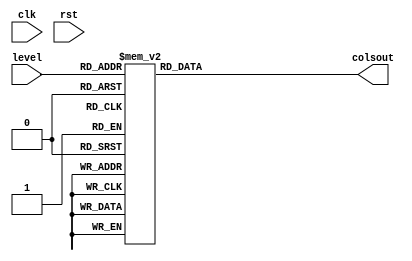
/*
   This file was generated automatically by the Mojo IDE version B1.3.6.
   Do not edit this file directly. Instead edit the original Lucid source.
   This is a temporary file and any changes made to it will be destroyed.
*/

module levels_12 (
    input clk,
    input rst,
    input [5:0] level,
    output reg [223:0] colsout
  );
  
  
  
  always @* begin
    
    case (level)
      1'h0: begin
        colsout[0+13-:14] = 14'h0000;
        colsout[14+13-:14] = 14'h0000;
        colsout[28+13-:14] = 14'h0000;
        colsout[42+13-:14] = 14'h0000;
        colsout[56+13-:14] = 14'h0000;
        colsout[70+13-:14] = 14'h0000;
        colsout[84+13-:14] = 14'h0000;
        colsout[98+13-:14] = 14'h0000;
        colsout[112+13-:14] = 14'h0000;
        colsout[126+13-:14] = 14'h0000;
        colsout[140+13-:14] = 14'h0000;
        colsout[154+13-:14] = 14'h0000;
        colsout[168+13-:14] = 14'h0000;
        colsout[182+13-:14] = 14'h0001;
        colsout[196+13-:14] = 14'h0000;
        colsout[210+13-:14] = 14'h0000;
      end
      1'h1: begin
        colsout[0+13-:14] = 14'h0000;
        colsout[14+13-:14] = 14'h0000;
        colsout[28+13-:14] = 14'h0000;
        colsout[42+13-:14] = 14'h0000;
        colsout[56+13-:14] = 14'h0000;
        colsout[70+13-:14] = 14'h0000;
        colsout[84+13-:14] = 14'h0000;
        colsout[98+13-:14] = 14'h0000;
        colsout[112+13-:14] = 14'h0000;
        colsout[126+13-:14] = 14'h0000;
        colsout[140+13-:14] = 14'h0000;
        colsout[154+13-:14] = 14'h0000;
        colsout[168+13-:14] = 14'h0000;
        colsout[182+13-:14] = 14'h0002;
        colsout[196+13-:14] = 14'h0001;
        colsout[210+13-:14] = 14'h0000;
      end
      2'h2: begin
        colsout[0+13-:14] = 14'h0000;
        colsout[14+13-:14] = 14'h0000;
        colsout[28+13-:14] = 14'h0000;
        colsout[42+13-:14] = 14'h0000;
        colsout[56+13-:14] = 14'h0000;
        colsout[70+13-:14] = 14'h0000;
        colsout[84+13-:14] = 14'h0000;
        colsout[98+13-:14] = 14'h0000;
        colsout[112+13-:14] = 14'h0001;
        colsout[126+13-:14] = 14'h0000;
        colsout[140+13-:14] = 14'h0000;
        colsout[154+13-:14] = 14'h0000;
        colsout[168+13-:14] = 14'h0000;
        colsout[182+13-:14] = 14'h0004;
        colsout[196+13-:14] = 14'h0002;
        colsout[210+13-:14] = 14'h0000;
      end
      2'h3: begin
        colsout[0+13-:14] = 14'h0000;
        colsout[14+13-:14] = 14'h0000;
        colsout[28+13-:14] = 14'h0000;
        colsout[42+13-:14] = 14'h0000;
        colsout[56+13-:14] = 14'h0000;
        colsout[70+13-:14] = 14'h0000;
        colsout[84+13-:14] = 14'h0000;
        colsout[98+13-:14] = 14'h0000;
        colsout[112+13-:14] = 14'h0002;
        colsout[126+13-:14] = 14'h0001;
        colsout[140+13-:14] = 14'h0000;
        colsout[154+13-:14] = 14'h0000;
        colsout[168+13-:14] = 14'h0000;
        colsout[182+13-:14] = 14'h0008;
        colsout[196+13-:14] = 14'h0004;
        colsout[210+13-:14] = 14'h0000;
      end
      3'h4: begin
        colsout[0+13-:14] = 14'h0000;
        colsout[14+13-:14] = 14'h0000;
        colsout[28+13-:14] = 14'h0000;
        colsout[42+13-:14] = 14'h0000;
        colsout[56+13-:14] = 14'h0000;
        colsout[70+13-:14] = 14'h0000;
        colsout[84+13-:14] = 14'h0001;
        colsout[98+13-:14] = 14'h0000;
        colsout[112+13-:14] = 14'h0004;
        colsout[126+13-:14] = 14'h0002;
        colsout[140+13-:14] = 14'h0000;
        colsout[154+13-:14] = 14'h0000;
        colsout[168+13-:14] = 14'h0000;
        colsout[182+13-:14] = 14'h0010;
        colsout[196+13-:14] = 14'h0008;
        colsout[210+13-:14] = 14'h0000;
      end
      3'h5: begin
        colsout[0+13-:14] = 14'h0000;
        colsout[14+13-:14] = 14'h0000;
        colsout[28+13-:14] = 14'h0000;
        colsout[42+13-:14] = 14'h0000;
        colsout[56+13-:14] = 14'h0000;
        colsout[70+13-:14] = 14'h0000;
        colsout[84+13-:14] = 14'h0002;
        colsout[98+13-:14] = 14'h0000;
        colsout[112+13-:14] = 14'h0008;
        colsout[126+13-:14] = 14'h0004;
        colsout[140+13-:14] = 14'h0000;
        colsout[154+13-:14] = 14'h0000;
        colsout[168+13-:14] = 14'h0000;
        colsout[182+13-:14] = 14'h0020;
        colsout[196+13-:14] = 14'h0010;
        colsout[210+13-:14] = 14'h0001;
      end
      3'h6: begin
        colsout[0+13-:14] = 14'h0000;
        colsout[14+13-:14] = 14'h0000;
        colsout[28+13-:14] = 14'h0000;
        colsout[42+13-:14] = 14'h0000;
        colsout[56+13-:14] = 14'h0000;
        colsout[70+13-:14] = 14'h0000;
        colsout[84+13-:14] = 14'h0004;
        colsout[98+13-:14] = 14'h0000;
        colsout[112+13-:14] = 14'h0010;
        colsout[126+13-:14] = 14'h0008;
        colsout[140+13-:14] = 14'h0000;
        colsout[154+13-:14] = 14'h0000;
        colsout[168+13-:14] = 14'h0001;
        colsout[182+13-:14] = 14'h0040;
        colsout[196+13-:14] = 14'h0020;
        colsout[210+13-:14] = 14'h0002;
      end
      3'h7: begin
        colsout[0+13-:14] = 14'h0000;
        colsout[14+13-:14] = 14'h0000;
        colsout[28+13-:14] = 14'h0000;
        colsout[42+13-:14] = 14'h0000;
        colsout[56+13-:14] = 14'h0000;
        colsout[70+13-:14] = 14'h0000;
        colsout[84+13-:14] = 14'h0008;
        colsout[98+13-:14] = 14'h0000;
        colsout[112+13-:14] = 14'h0020;
        colsout[126+13-:14] = 14'h0011;
        colsout[140+13-:14] = 14'h0000;
        colsout[154+13-:14] = 14'h0000;
        colsout[168+13-:14] = 14'h0002;
        colsout[182+13-:14] = 14'h0080;
        colsout[196+13-:14] = 14'h0040;
        colsout[210+13-:14] = 14'h0004;
      end
      4'h8: begin
        colsout[0+13-:14] = 14'h0000;
        colsout[14+13-:14] = 14'h0000;
        colsout[28+13-:14] = 14'h0000;
        colsout[42+13-:14] = 14'h0000;
        colsout[56+13-:14] = 14'h0000;
        colsout[70+13-:14] = 14'h0000;
        colsout[84+13-:14] = 14'h0010;
        colsout[98+13-:14] = 14'h0000;
        colsout[112+13-:14] = 14'h0040;
        colsout[126+13-:14] = 14'h0022;
        colsout[140+13-:14] = 14'h0000;
        colsout[154+13-:14] = 14'h0001;
        colsout[168+13-:14] = 14'h0004;
        colsout[182+13-:14] = 14'h0100;
        colsout[196+13-:14] = 14'h0080;
        colsout[210+13-:14] = 14'h0008;
      end
      4'h9: begin
        colsout[0+13-:14] = 14'h0000;
        colsout[14+13-:14] = 14'h0000;
        colsout[28+13-:14] = 14'h0000;
        colsout[42+13-:14] = 14'h0000;
        colsout[56+13-:14] = 14'h0000;
        colsout[70+13-:14] = 14'h0000;
        colsout[84+13-:14] = 14'h0020;
        colsout[98+13-:14] = 14'h0001;
        colsout[112+13-:14] = 14'h0080;
        colsout[126+13-:14] = 14'h0044;
        colsout[140+13-:14] = 14'h0000;
        colsout[154+13-:14] = 14'h0002;
        colsout[168+13-:14] = 14'h0008;
        colsout[182+13-:14] = 14'h0200;
        colsout[196+13-:14] = 14'h0100;
        colsout[210+13-:14] = 14'h0010;
      end
      4'ha: begin
        colsout[0+13-:14] = 14'h0000;
        colsout[14+13-:14] = 14'h0000;
        colsout[28+13-:14] = 14'h0001;
        colsout[42+13-:14] = 14'h0000;
        colsout[56+13-:14] = 14'h0000;
        colsout[70+13-:14] = 14'h0000;
        colsout[84+13-:14] = 14'h0040;
        colsout[98+13-:14] = 14'h0002;
        colsout[112+13-:14] = 14'h0100;
        colsout[126+13-:14] = 14'h0088;
        colsout[140+13-:14] = 14'h0000;
        colsout[154+13-:14] = 14'h0004;
        colsout[168+13-:14] = 14'h0010;
        colsout[182+13-:14] = 14'h0400;
        colsout[196+13-:14] = 14'h0200;
        colsout[210+13-:14] = 14'h0020;
      end
      4'hb: begin
        colsout[0+13-:14] = 14'h0000;
        colsout[14+13-:14] = 14'h0000;
        colsout[28+13-:14] = 14'h0002;
        colsout[42+13-:14] = 14'h0000;
        colsout[56+13-:14] = 14'h0000;
        colsout[70+13-:14] = 14'h0000;
        colsout[84+13-:14] = 14'h0080;
        colsout[98+13-:14] = 14'h0004;
        colsout[112+13-:14] = 14'h0201;
        colsout[126+13-:14] = 14'h0110;
        colsout[140+13-:14] = 14'h0000;
        colsout[154+13-:14] = 14'h0008;
        colsout[168+13-:14] = 14'h0020;
        colsout[182+13-:14] = 14'h0800;
        colsout[196+13-:14] = 14'h0400;
        colsout[210+13-:14] = 14'h0040;
      end
      4'hc: begin
        colsout[0+13-:14] = 14'h0000;
        colsout[14+13-:14] = 14'h0000;
        colsout[28+13-:14] = 14'h0004;
        colsout[42+13-:14] = 14'h0000;
        colsout[56+13-:14] = 14'h0000;
        colsout[70+13-:14] = 14'h0000;
        colsout[84+13-:14] = 14'h0100;
        colsout[98+13-:14] = 14'h0008;
        colsout[112+13-:14] = 14'h0402;
        colsout[126+13-:14] = 14'h0220;
        colsout[140+13-:14] = 14'h0000;
        colsout[154+13-:14] = 14'h0011;
        colsout[168+13-:14] = 14'h0040;
        colsout[182+13-:14] = 14'h1000;
        colsout[196+13-:14] = 14'h0800;
        colsout[210+13-:14] = 14'h0080;
      end
      4'hd: begin
        colsout[0+13-:14] = 14'h0000;
        colsout[14+13-:14] = 14'h0000;
        colsout[28+13-:14] = 14'h0008;
        colsout[42+13-:14] = 14'h0000;
        colsout[56+13-:14] = 14'h0000;
        colsout[70+13-:14] = 14'h0000;
        colsout[84+13-:14] = 14'h0201;
        colsout[98+13-:14] = 14'h0010;
        colsout[112+13-:14] = 14'h0804;
        colsout[126+13-:14] = 14'h0440;
        colsout[140+13-:14] = 14'h0000;
        colsout[154+13-:14] = 14'h0022;
        colsout[168+13-:14] = 14'h0080;
        colsout[182+13-:14] = 14'h2000;
        colsout[196+13-:14] = 14'h1000;
        colsout[210+13-:14] = 14'h0100;
      end
      4'he: begin
        colsout[0+13-:14] = 14'h0000;
        colsout[14+13-:14] = 14'h0000;
        colsout[28+13-:14] = 14'h0011;
        colsout[42+13-:14] = 14'h0000;
        colsout[56+13-:14] = 14'h0000;
        colsout[70+13-:14] = 14'h0000;
        colsout[84+13-:14] = 14'h0402;
        colsout[98+13-:14] = 14'h0020;
        colsout[112+13-:14] = 14'h1008;
        colsout[126+13-:14] = 14'h0880;
        colsout[140+13-:14] = 14'h0000;
        colsout[154+13-:14] = 14'h0044;
        colsout[168+13-:14] = 14'h0100;
        colsout[182+13-:14] = 14'h0000;
        colsout[196+13-:14] = 14'h2000;
        colsout[210+13-:14] = 14'h0200;
      end
      4'hf: begin
        colsout[0+13-:14] = 14'h0000;
        colsout[14+13-:14] = 14'h0000;
        colsout[28+13-:14] = 14'h0022;
        colsout[42+13-:14] = 14'h0000;
        colsout[56+13-:14] = 14'h0000;
        colsout[70+13-:14] = 14'h0000;
        colsout[84+13-:14] = 14'h0804;
        colsout[98+13-:14] = 14'h0040;
        colsout[112+13-:14] = 14'h2010;
        colsout[126+13-:14] = 14'h1100;
        colsout[140+13-:14] = 14'h0001;
        colsout[154+13-:14] = 14'h0088;
        colsout[168+13-:14] = 14'h0200;
        colsout[182+13-:14] = 14'h0000;
        colsout[196+13-:14] = 14'h0000;
        colsout[210+13-:14] = 14'h0400;
      end
      5'h10: begin
        colsout[0+13-:14] = 14'h0000;
        colsout[14+13-:14] = 14'h0000;
        colsout[28+13-:14] = 14'h0044;
        colsout[42+13-:14] = 14'h0000;
        colsout[56+13-:14] = 14'h0000;
        colsout[70+13-:14] = 14'h0000;
        colsout[84+13-:14] = 14'h1008;
        colsout[98+13-:14] = 14'h0080;
        colsout[112+13-:14] = 14'h0020;
        colsout[126+13-:14] = 14'h2200;
        colsout[140+13-:14] = 14'h0002;
        colsout[154+13-:14] = 14'h0110;
        colsout[168+13-:14] = 14'h0400;
        colsout[182+13-:14] = 14'h0000;
        colsout[196+13-:14] = 14'h0000;
        colsout[210+13-:14] = 14'h0800;
      end
      5'h11: begin
        colsout[0+13-:14] = 14'h0000;
        colsout[14+13-:14] = 14'h0000;
        colsout[28+13-:14] = 14'h0088;
        colsout[42+13-:14] = 14'h0000;
        colsout[56+13-:14] = 14'h0001;
        colsout[70+13-:14] = 14'h0000;
        colsout[84+13-:14] = 14'h2010;
        colsout[98+13-:14] = 14'h0100;
        colsout[112+13-:14] = 14'h0040;
        colsout[126+13-:14] = 14'h0400;
        colsout[140+13-:14] = 14'h0004;
        colsout[154+13-:14] = 14'h0220;
        colsout[168+13-:14] = 14'h0800;
        colsout[182+13-:14] = 14'h0000;
        colsout[196+13-:14] = 14'h0000;
        colsout[210+13-:14] = 14'h1000;
      end
      5'h12: begin
        colsout[0+13-:14] = 14'h0000;
        colsout[14+13-:14] = 14'h0000;
        colsout[28+13-:14] = 14'h0110;
        colsout[42+13-:14] = 14'h0000;
        colsout[56+13-:14] = 14'h0002;
        colsout[70+13-:14] = 14'h0000;
        colsout[84+13-:14] = 14'h0020;
        colsout[98+13-:14] = 14'h0200;
        colsout[112+13-:14] = 14'h0080;
        colsout[126+13-:14] = 14'h0800;
        colsout[140+13-:14] = 14'h0009;
        colsout[154+13-:14] = 14'h0440;
        colsout[168+13-:14] = 14'h1000;
        colsout[182+13-:14] = 14'h0000;
        colsout[196+13-:14] = 14'h0000;
        colsout[210+13-:14] = 14'h2000;
      end
      5'h13: begin
        colsout[0+13-:14] = 14'h0000;
        colsout[14+13-:14] = 14'h0000;
        colsout[28+13-:14] = 14'h0220;
        colsout[42+13-:14] = 14'h0000;
        colsout[56+13-:14] = 14'h0005;
        colsout[70+13-:14] = 14'h0000;
        colsout[84+13-:14] = 14'h0040;
        colsout[98+13-:14] = 14'h0400;
        colsout[112+13-:14] = 14'h0100;
        colsout[126+13-:14] = 14'h1000;
        colsout[140+13-:14] = 14'h0012;
        colsout[154+13-:14] = 14'h0880;
        colsout[168+13-:14] = 14'h2000;
        colsout[182+13-:14] = 14'h0000;
        colsout[196+13-:14] = 14'h0000;
        colsout[210+13-:14] = 14'h0000;
      end
      5'h14: begin
        colsout[0+13-:14] = 14'h0000;
        colsout[14+13-:14] = 14'h0000;
        colsout[28+13-:14] = 14'h0440;
        colsout[42+13-:14] = 14'h0000;
        colsout[56+13-:14] = 14'h000a;
        colsout[70+13-:14] = 14'h0000;
        colsout[84+13-:14] = 14'h0080;
        colsout[98+13-:14] = 14'h0800;
        colsout[112+13-:14] = 14'h0200;
        colsout[126+13-:14] = 14'h2000;
        colsout[140+13-:14] = 14'h0024;
        colsout[154+13-:14] = 14'h1100;
        colsout[168+13-:14] = 14'h0000;
        colsout[182+13-:14] = 14'h0000;
        colsout[196+13-:14] = 14'h0000;
        colsout[210+13-:14] = 14'h0000;
      end
      5'h15: begin
        colsout[0+13-:14] = 14'h0000;
        colsout[14+13-:14] = 14'h0000;
        colsout[28+13-:14] = 14'h0880;
        colsout[42+13-:14] = 14'h0000;
        colsout[56+13-:14] = 14'h0014;
        colsout[70+13-:14] = 14'h0000;
        colsout[84+13-:14] = 14'h0100;
        colsout[98+13-:14] = 14'h1000;
        colsout[112+13-:14] = 14'h0400;
        colsout[126+13-:14] = 14'h0000;
        colsout[140+13-:14] = 14'h0049;
        colsout[154+13-:14] = 14'h2200;
        colsout[168+13-:14] = 14'h0000;
        colsout[182+13-:14] = 14'h0000;
        colsout[196+13-:14] = 14'h0000;
        colsout[210+13-:14] = 14'h0000;
      end
      5'h16: begin
        colsout[0+13-:14] = 14'h0000;
        colsout[14+13-:14] = 14'h0000;
        colsout[28+13-:14] = 14'h1100;
        colsout[42+13-:14] = 14'h0000;
        colsout[56+13-:14] = 14'h0028;
        colsout[70+13-:14] = 14'h0000;
        colsout[84+13-:14] = 14'h0200;
        colsout[98+13-:14] = 14'h2000;
        colsout[112+13-:14] = 14'h0800;
        colsout[126+13-:14] = 14'h0000;
        colsout[140+13-:14] = 14'h0092;
        colsout[154+13-:14] = 14'h0400;
        colsout[168+13-:14] = 14'h0001;
        colsout[182+13-:14] = 14'h0000;
        colsout[196+13-:14] = 14'h0000;
        colsout[210+13-:14] = 14'h0000;
      end
      5'h17: begin
        colsout[0+13-:14] = 14'h0000;
        colsout[14+13-:14] = 14'h0001;
        colsout[28+13-:14] = 14'h2200;
        colsout[42+13-:14] = 14'h0000;
        colsout[56+13-:14] = 14'h0050;
        colsout[70+13-:14] = 14'h0000;
        colsout[84+13-:14] = 14'h0400;
        colsout[98+13-:14] = 14'h0000;
        colsout[112+13-:14] = 14'h1000;
        colsout[126+13-:14] = 14'h0000;
        colsout[140+13-:14] = 14'h0124;
        colsout[154+13-:14] = 14'h0800;
        colsout[168+13-:14] = 14'h0002;
        colsout[182+13-:14] = 14'h0000;
        colsout[196+13-:14] = 14'h0000;
        colsout[210+13-:14] = 14'h0000;
      end
      5'h18: begin
        colsout[0+13-:14] = 14'h0000;
        colsout[14+13-:14] = 14'h0002;
        colsout[28+13-:14] = 14'h0400;
        colsout[42+13-:14] = 14'h0001;
        colsout[56+13-:14] = 14'h00a0;
        colsout[70+13-:14] = 14'h0000;
        colsout[84+13-:14] = 14'h0800;
        colsout[98+13-:14] = 14'h0000;
        colsout[112+13-:14] = 14'h2000;
        colsout[126+13-:14] = 14'h0000;
        colsout[140+13-:14] = 14'h0248;
        colsout[154+13-:14] = 14'h1000;
        colsout[168+13-:14] = 14'h0004;
        colsout[182+13-:14] = 14'h0000;
        colsout[196+13-:14] = 14'h0000;
        colsout[210+13-:14] = 14'h0000;
      end
      5'h19: begin
        colsout[0+13-:14] = 14'h0000;
        colsout[14+13-:14] = 14'h0004;
        colsout[28+13-:14] = 14'h0800;
        colsout[42+13-:14] = 14'h0002;
        colsout[56+13-:14] = 14'h0140;
        colsout[70+13-:14] = 14'h0000;
        colsout[84+13-:14] = 14'h1001;
        colsout[98+13-:14] = 14'h0000;
        colsout[112+13-:14] = 14'h0000;
        colsout[126+13-:14] = 14'h0000;
        colsout[140+13-:14] = 14'h0490;
        colsout[154+13-:14] = 14'h2000;
        colsout[168+13-:14] = 14'h0008;
        colsout[182+13-:14] = 14'h0000;
        colsout[196+13-:14] = 14'h0000;
        colsout[210+13-:14] = 14'h0000;
      end
      5'h1a: begin
        colsout[0+13-:14] = 14'h0000;
        colsout[14+13-:14] = 14'h0008;
        colsout[28+13-:14] = 14'h1000;
        colsout[42+13-:14] = 14'h0004;
        colsout[56+13-:14] = 14'h0280;
        colsout[70+13-:14] = 14'h0000;
        colsout[84+13-:14] = 14'h2003;
        colsout[98+13-:14] = 14'h0000;
        colsout[112+13-:14] = 14'h0000;
        colsout[126+13-:14] = 14'h0000;
        colsout[140+13-:14] = 14'h0920;
        colsout[154+13-:14] = 14'h0000;
        colsout[168+13-:14] = 14'h0010;
        colsout[182+13-:14] = 14'h0000;
        colsout[196+13-:14] = 14'h0000;
        colsout[210+13-:14] = 14'h0000;
      end
      5'h1b: begin
        colsout[0+13-:14] = 14'h0000;
        colsout[14+13-:14] = 14'h0010;
        colsout[28+13-:14] = 14'h2000;
        colsout[42+13-:14] = 14'h0008;
        colsout[56+13-:14] = 14'h0500;
        colsout[70+13-:14] = 14'h0001;
        colsout[84+13-:14] = 14'h0006;
        colsout[98+13-:14] = 14'h0000;
        colsout[112+13-:14] = 14'h0000;
        colsout[126+13-:14] = 14'h0000;
        colsout[140+13-:14] = 14'h1240;
        colsout[154+13-:14] = 14'h0000;
        colsout[168+13-:14] = 14'h0020;
        colsout[182+13-:14] = 14'h0000;
        colsout[196+13-:14] = 14'h0000;
        colsout[210+13-:14] = 14'h0000;
      end
      5'h1c: begin
        colsout[0+13-:14] = 14'h0000;
        colsout[14+13-:14] = 14'h0021;
        colsout[28+13-:14] = 14'h0000;
        colsout[42+13-:14] = 14'h0010;
        colsout[56+13-:14] = 14'h0a00;
        colsout[70+13-:14] = 14'h0002;
        colsout[84+13-:14] = 14'h000c;
        colsout[98+13-:14] = 14'h0000;
        colsout[112+13-:14] = 14'h0000;
        colsout[126+13-:14] = 14'h0000;
        colsout[140+13-:14] = 14'h2480;
        colsout[154+13-:14] = 14'h0000;
        colsout[168+13-:14] = 14'h0040;
        colsout[182+13-:14] = 14'h0000;
        colsout[196+13-:14] = 14'h0000;
        colsout[210+13-:14] = 14'h0000;
      end
      5'h1d: begin
        colsout[0+13-:14] = 14'h0000;
        colsout[14+13-:14] = 14'h0042;
        colsout[28+13-:14] = 14'h0000;
        colsout[42+13-:14] = 14'h0021;
        colsout[56+13-:14] = 14'h1400;
        colsout[70+13-:14] = 14'h0004;
        colsout[84+13-:14] = 14'h0018;
        colsout[98+13-:14] = 14'h0000;
        colsout[112+13-:14] = 14'h0000;
        colsout[126+13-:14] = 14'h0000;
        colsout[140+13-:14] = 14'h0900;
        colsout[154+13-:14] = 14'h0000;
        colsout[168+13-:14] = 14'h0080;
        colsout[182+13-:14] = 14'h0000;
        colsout[196+13-:14] = 14'h0000;
        colsout[210+13-:14] = 14'h0000;
      end
      5'h1e: begin
        colsout[0+13-:14] = 14'h0000;
        colsout[14+13-:14] = 14'h0084;
        colsout[28+13-:14] = 14'h0000;
        colsout[42+13-:14] = 14'h0042;
        colsout[56+13-:14] = 14'h2800;
        colsout[70+13-:14] = 14'h0008;
        colsout[84+13-:14] = 14'h0030;
        colsout[98+13-:14] = 14'h0000;
        colsout[112+13-:14] = 14'h0000;
        colsout[126+13-:14] = 14'h0000;
        colsout[140+13-:14] = 14'h1200;
        colsout[154+13-:14] = 14'h0000;
        colsout[168+13-:14] = 14'h0100;
        colsout[182+13-:14] = 14'h0000;
        colsout[196+13-:14] = 14'h0000;
        colsout[210+13-:14] = 14'h0001;
      end
      5'h1f: begin
        colsout[0+13-:14] = 14'h0000;
        colsout[14+13-:14] = 14'h0108;
        colsout[28+13-:14] = 14'h0000;
        colsout[42+13-:14] = 14'h0084;
        colsout[56+13-:14] = 14'h1000;
        colsout[70+13-:14] = 14'h0010;
        colsout[84+13-:14] = 14'h0060;
        colsout[98+13-:14] = 14'h0000;
        colsout[112+13-:14] = 14'h0000;
        colsout[126+13-:14] = 14'h0001;
        colsout[140+13-:14] = 14'h2400;
        colsout[154+13-:14] = 14'h0000;
        colsout[168+13-:14] = 14'h0200;
        colsout[182+13-:14] = 14'h0000;
        colsout[196+13-:14] = 14'h0000;
        colsout[210+13-:14] = 14'h0002;
      end
      6'h20: begin
        colsout[0+13-:14] = 14'h0000;
        colsout[14+13-:14] = 14'h0210;
        colsout[28+13-:14] = 14'h0000;
        colsout[42+13-:14] = 14'h0108;
        colsout[56+13-:14] = 14'h2000;
        colsout[70+13-:14] = 14'h0020;
        colsout[84+13-:14] = 14'h00c1;
        colsout[98+13-:14] = 14'h0000;
        colsout[112+13-:14] = 14'h0000;
        colsout[126+13-:14] = 14'h0002;
        colsout[140+13-:14] = 14'h0800;
        colsout[154+13-:14] = 14'h0000;
        colsout[168+13-:14] = 14'h0400;
        colsout[182+13-:14] = 14'h0000;
        colsout[196+13-:14] = 14'h0000;
        colsout[210+13-:14] = 14'h0004;
      end
      6'h21: begin
        colsout[0+13-:14] = 14'h0000;
        colsout[14+13-:14] = 14'h0420;
        colsout[28+13-:14] = 14'h0000;
        colsout[42+13-:14] = 14'h0210;
        colsout[56+13-:14] = 14'h0000;
        colsout[70+13-:14] = 14'h0040;
        colsout[84+13-:14] = 14'h0183;
        colsout[98+13-:14] = 14'h0000;
        colsout[112+13-:14] = 14'h0000;
        colsout[126+13-:14] = 14'h0004;
        colsout[140+13-:14] = 14'h1000;
        colsout[154+13-:14] = 14'h0000;
        colsout[168+13-:14] = 14'h0800;
        colsout[182+13-:14] = 14'h0000;
        colsout[196+13-:14] = 14'h0000;
        colsout[210+13-:14] = 14'h0008;
      end
      6'h22: begin
        colsout[0+13-:14] = 14'h0000;
        colsout[14+13-:14] = 14'h0840;
        colsout[28+13-:14] = 14'h0000;
        colsout[42+13-:14] = 14'h0421;
        colsout[56+13-:14] = 14'h0000;
        colsout[70+13-:14] = 14'h0080;
        colsout[84+13-:14] = 14'h0306;
        colsout[98+13-:14] = 14'h0000;
        colsout[112+13-:14] = 14'h0000;
        colsout[126+13-:14] = 14'h0008;
        colsout[140+13-:14] = 14'h2000;
        colsout[154+13-:14] = 14'h0000;
        colsout[168+13-:14] = 14'h1000;
        colsout[182+13-:14] = 14'h0000;
        colsout[196+13-:14] = 14'h0000;
        colsout[210+13-:14] = 14'h0010;
      end
      6'h23: begin
        colsout[0+13-:14] = 14'h0000;
        colsout[14+13-:14] = 14'h1080;
        colsout[28+13-:14] = 14'h0000;
        colsout[42+13-:14] = 14'h0842;
        colsout[56+13-:14] = 14'h0000;
        colsout[70+13-:14] = 14'h0100;
        colsout[84+13-:14] = 14'h060c;
        colsout[98+13-:14] = 14'h0000;
        colsout[112+13-:14] = 14'h0000;
        colsout[126+13-:14] = 14'h0010;
        colsout[140+13-:14] = 14'h0000;
        colsout[154+13-:14] = 14'h0001;
        colsout[168+13-:14] = 14'h2000;
        colsout[182+13-:14] = 14'h0000;
        colsout[196+13-:14] = 14'h0000;
        colsout[210+13-:14] = 14'h0020;
      end
      6'h24: begin
        colsout[0+13-:14] = 14'h0000;
        colsout[14+13-:14] = 14'h2100;
        colsout[28+13-:14] = 14'h0000;
        colsout[42+13-:14] = 14'h1084;
        colsout[56+13-:14] = 14'h0000;
        colsout[70+13-:14] = 14'h0200;
        colsout[84+13-:14] = 14'h0c18;
        colsout[98+13-:14] = 14'h0000;
        colsout[112+13-:14] = 14'h0000;
        colsout[126+13-:14] = 14'h0021;
        colsout[140+13-:14] = 14'h0000;
        colsout[154+13-:14] = 14'h0002;
        colsout[168+13-:14] = 14'h0000;
        colsout[182+13-:14] = 14'h0000;
        colsout[196+13-:14] = 14'h0000;
        colsout[210+13-:14] = 14'h0040;
      end
      6'h25: begin
        colsout[0+13-:14] = 14'h0000;
        colsout[14+13-:14] = 14'h0200;
        colsout[28+13-:14] = 14'h0000;
        colsout[42+13-:14] = 14'h2108;
        colsout[56+13-:14] = 14'h0000;
        colsout[70+13-:14] = 14'h0400;
        colsout[84+13-:14] = 14'h1830;
        colsout[98+13-:14] = 14'h0000;
        colsout[112+13-:14] = 14'h0001;
        colsout[126+13-:14] = 14'h0042;
        colsout[140+13-:14] = 14'h0000;
        colsout[154+13-:14] = 14'h0004;
        colsout[168+13-:14] = 14'h0000;
        colsout[182+13-:14] = 14'h0000;
        colsout[196+13-:14] = 14'h0000;
        colsout[210+13-:14] = 14'h0080;
      end
      6'h26: begin
        colsout[0+13-:14] = 14'h0000;
        colsout[14+13-:14] = 14'h0400;
        colsout[28+13-:14] = 14'h0000;
        colsout[42+13-:14] = 14'h0210;
        colsout[56+13-:14] = 14'h0000;
        colsout[70+13-:14] = 14'h0800;
        colsout[84+13-:14] = 14'h3060;
        colsout[98+13-:14] = 14'h0001;
        colsout[112+13-:14] = 14'h0002;
        colsout[126+13-:14] = 14'h0084;
        colsout[140+13-:14] = 14'h0000;
        colsout[154+13-:14] = 14'h0008;
        colsout[168+13-:14] = 14'h0000;
        colsout[182+13-:14] = 14'h0000;
        colsout[196+13-:14] = 14'h0000;
        colsout[210+13-:14] = 14'h0100;
      end
      6'h27: begin
        colsout[0+13-:14] = 14'h0000;
        colsout[14+13-:14] = 14'h0801;
        colsout[28+13-:14] = 14'h0000;
        colsout[42+13-:14] = 14'h0420;
        colsout[56+13-:14] = 14'h0000;
        colsout[70+13-:14] = 14'h1000;
        colsout[84+13-:14] = 14'h20c0;
        colsout[98+13-:14] = 14'h0002;
        colsout[112+13-:14] = 14'h0004;
        colsout[126+13-:14] = 14'h0108;
        colsout[140+13-:14] = 14'h0000;
        colsout[154+13-:14] = 14'h0010;
        colsout[168+13-:14] = 14'h0000;
        colsout[182+13-:14] = 14'h0000;
        colsout[196+13-:14] = 14'h0000;
        colsout[210+13-:14] = 14'h0200;
      end
      6'h28: begin
        colsout[0+13-:14] = 14'h0000;
        colsout[14+13-:14] = 14'h1002;
        colsout[28+13-:14] = 14'h0000;
        colsout[42+13-:14] = 14'h0840;
        colsout[56+13-:14] = 14'h0000;
        colsout[70+13-:14] = 14'h2000;
        colsout[84+13-:14] = 14'h0180;
        colsout[98+13-:14] = 14'h0004;
        colsout[112+13-:14] = 14'h0009;
        colsout[126+13-:14] = 14'h0210;
        colsout[140+13-:14] = 14'h0000;
        colsout[154+13-:14] = 14'h0020;
        colsout[168+13-:14] = 14'h0000;
        colsout[182+13-:14] = 14'h0000;
        colsout[196+13-:14] = 14'h0000;
        colsout[210+13-:14] = 14'h0400;
      end
      6'h29: begin
        colsout[0+13-:14] = 14'h0000;
        colsout[14+13-:14] = 14'h2004;
        colsout[28+13-:14] = 14'h0000;
        colsout[42+13-:14] = 14'h1080;
        colsout[56+13-:14] = 14'h0000;
        colsout[70+13-:14] = 14'h0000;
        colsout[84+13-:14] = 14'h0300;
        colsout[98+13-:14] = 14'h0008;
        colsout[112+13-:14] = 14'h0012;
        colsout[126+13-:14] = 14'h0420;
        colsout[140+13-:14] = 14'h0000;
        colsout[154+13-:14] = 14'h0040;
        colsout[168+13-:14] = 14'h0000;
        colsout[182+13-:14] = 14'h0000;
        colsout[196+13-:14] = 14'h0001;
        colsout[210+13-:14] = 14'h0800;
      end
      6'h2a: begin
        colsout[0+13-:14] = 14'h0000;
        colsout[14+13-:14] = 14'h0008;
        colsout[28+13-:14] = 14'h0000;
        colsout[42+13-:14] = 14'h2100;
        colsout[56+13-:14] = 14'h0001;
        colsout[70+13-:14] = 14'h0000;
        colsout[84+13-:14] = 14'h0600;
        colsout[98+13-:14] = 14'h0010;
        colsout[112+13-:14] = 14'h0024;
        colsout[126+13-:14] = 14'h0840;
        colsout[140+13-:14] = 14'h0000;
        colsout[154+13-:14] = 14'h0080;
        colsout[168+13-:14] = 14'h0000;
        colsout[182+13-:14] = 14'h0000;
        colsout[196+13-:14] = 14'h0002;
        colsout[210+13-:14] = 14'h1000;
      end
      6'h2b: begin
        colsout[0+13-:14] = 14'h0000;
        colsout[14+13-:14] = 14'h0010;
        colsout[28+13-:14] = 14'h0001;
        colsout[42+13-:14] = 14'h0200;
        colsout[56+13-:14] = 14'h0002;
        colsout[70+13-:14] = 14'h0000;
        colsout[84+13-:14] = 14'h0c00;
        colsout[98+13-:14] = 14'h0020;
        colsout[112+13-:14] = 14'h0048;
        colsout[126+13-:14] = 14'h1080;
        colsout[140+13-:14] = 14'h0000;
        colsout[154+13-:14] = 14'h0100;
        colsout[168+13-:14] = 14'h0000;
        colsout[182+13-:14] = 14'h0000;
        colsout[196+13-:14] = 14'h0004;
        colsout[210+13-:14] = 14'h2000;
      end
      6'h2c: begin
        colsout[0+13-:14] = 14'h0000;
        colsout[14+13-:14] = 14'h0020;
        colsout[28+13-:14] = 14'h0002;
        colsout[42+13-:14] = 14'h0400;
        colsout[56+13-:14] = 14'h0004;
        colsout[70+13-:14] = 14'h0001;
        colsout[84+13-:14] = 14'h1800;
        colsout[98+13-:14] = 14'h0040;
        colsout[112+13-:14] = 14'h0090;
        colsout[126+13-:14] = 14'h2100;
        colsout[140+13-:14] = 14'h0000;
        colsout[154+13-:14] = 14'h0200;
        colsout[168+13-:14] = 14'h0000;
        colsout[182+13-:14] = 14'h0000;
        colsout[196+13-:14] = 14'h0008;
        colsout[210+13-:14] = 14'h0000;
      end
      6'h2d: begin
        colsout[0+13-:14] = 14'h0000;
        colsout[14+13-:14] = 14'h0040;
        colsout[28+13-:14] = 14'h0004;
        colsout[42+13-:14] = 14'h0800;
        colsout[56+13-:14] = 14'h0008;
        colsout[70+13-:14] = 14'h0002;
        colsout[84+13-:14] = 14'h3000;
        colsout[98+13-:14] = 14'h0080;
        colsout[112+13-:14] = 14'h0121;
        colsout[126+13-:14] = 14'h0200;
        colsout[140+13-:14] = 14'h0000;
        colsout[154+13-:14] = 14'h0400;
        colsout[168+13-:14] = 14'h0000;
        colsout[182+13-:14] = 14'h0000;
        colsout[196+13-:14] = 14'h0010;
        colsout[210+13-:14] = 14'h0000;
      end
      6'h2e: begin
        colsout[0+13-:14] = 14'h0000;
        colsout[14+13-:14] = 14'h0080;
        colsout[28+13-:14] = 14'h0008;
        colsout[42+13-:14] = 14'h1001;
        colsout[56+13-:14] = 14'h0010;
        colsout[70+13-:14] = 14'h0004;
        colsout[84+13-:14] = 14'h2000;
        colsout[98+13-:14] = 14'h0100;
        colsout[112+13-:14] = 14'h0242;
        colsout[126+13-:14] = 14'h0400;
        colsout[140+13-:14] = 14'h0000;
        colsout[154+13-:14] = 14'h0800;
        colsout[168+13-:14] = 14'h0000;
        colsout[182+13-:14] = 14'h0000;
        colsout[196+13-:14] = 14'h0020;
        colsout[210+13-:14] = 14'h0000;
      end
      6'h2f: begin
        colsout[0+13-:14] = 14'h0000;
        colsout[14+13-:14] = 14'h0100;
        colsout[28+13-:14] = 14'h0010;
        colsout[42+13-:14] = 14'h2002;
        colsout[56+13-:14] = 14'h0020;
        colsout[70+13-:14] = 14'h0008;
        colsout[84+13-:14] = 14'h0000;
        colsout[98+13-:14] = 14'h0200;
        colsout[112+13-:14] = 14'h0485;
        colsout[126+13-:14] = 14'h0800;
        colsout[140+13-:14] = 14'h0000;
        colsout[154+13-:14] = 14'h1000;
        colsout[168+13-:14] = 14'h0000;
        colsout[182+13-:14] = 14'h0000;
        colsout[196+13-:14] = 14'h0040;
        colsout[210+13-:14] = 14'h0000;
      end
      6'h30: begin
        colsout[0+13-:14] = 14'h0000;
        colsout[14+13-:14] = 14'h0200;
        colsout[28+13-:14] = 14'h0020;
        colsout[42+13-:14] = 14'h0004;
        colsout[56+13-:14] = 14'h0040;
        colsout[70+13-:14] = 14'h0010;
        colsout[84+13-:14] = 14'h0000;
        colsout[98+13-:14] = 14'h0400;
        colsout[112+13-:14] = 14'h090a;
        colsout[126+13-:14] = 14'h1001;
        colsout[140+13-:14] = 14'h0000;
        colsout[154+13-:14] = 14'h2000;
        colsout[168+13-:14] = 14'h0000;
        colsout[182+13-:14] = 14'h0000;
        colsout[196+13-:14] = 14'h0080;
        colsout[210+13-:14] = 14'h0000;
      end
      6'h31: begin
        colsout[0+13-:14] = 14'h0000;
        colsout[14+13-:14] = 14'h0400;
        colsout[28+13-:14] = 14'h0040;
        colsout[42+13-:14] = 14'h0008;
        colsout[56+13-:14] = 14'h0080;
        colsout[70+13-:14] = 14'h0020;
        colsout[84+13-:14] = 14'h0001;
        colsout[98+13-:14] = 14'h0800;
        colsout[112+13-:14] = 14'h1214;
        colsout[126+13-:14] = 14'h2002;
        colsout[140+13-:14] = 14'h0000;
        colsout[154+13-:14] = 14'h0000;
        colsout[168+13-:14] = 14'h0000;
        colsout[182+13-:14] = 14'h0000;
        colsout[196+13-:14] = 14'h0100;
        colsout[210+13-:14] = 14'h0000;
      end
      6'h32: begin
        colsout[0+13-:14] = 14'h0000;
        colsout[14+13-:14] = 14'h0800;
        colsout[28+13-:14] = 14'h0080;
        colsout[42+13-:14] = 14'h0010;
        colsout[56+13-:14] = 14'h0100;
        colsout[70+13-:14] = 14'h0040;
        colsout[84+13-:14] = 14'h0002;
        colsout[98+13-:14] = 14'h1000;
        colsout[112+13-:14] = 14'h2428;
        colsout[126+13-:14] = 14'h0004;
        colsout[140+13-:14] = 14'h0000;
        colsout[154+13-:14] = 14'h0000;
        colsout[168+13-:14] = 14'h0000;
        colsout[182+13-:14] = 14'h0000;
        colsout[196+13-:14] = 14'h0200;
        colsout[210+13-:14] = 14'h0000;
      end
      6'h33: begin
        colsout[0+13-:14] = 14'h0000;
        colsout[14+13-:14] = 14'h1000;
        colsout[28+13-:14] = 14'h0100;
        colsout[42+13-:14] = 14'h0020;
        colsout[56+13-:14] = 14'h0200;
        colsout[70+13-:14] = 14'h0080;
        colsout[84+13-:14] = 14'h0004;
        colsout[98+13-:14] = 14'h2000;
        colsout[112+13-:14] = 14'h0850;
        colsout[126+13-:14] = 14'h0008;
        colsout[140+13-:14] = 14'h0000;
        colsout[154+13-:14] = 14'h0001;
        colsout[168+13-:14] = 14'h0000;
        colsout[182+13-:14] = 14'h0000;
        colsout[196+13-:14] = 14'h0400;
        colsout[210+13-:14] = 14'h0000;
      end
      6'h34: begin
        colsout[0+13-:14] = 14'h0000;
        colsout[14+13-:14] = 14'h2000;
        colsout[28+13-:14] = 14'h0201;
        colsout[42+13-:14] = 14'h0040;
        colsout[56+13-:14] = 14'h0400;
        colsout[70+13-:14] = 14'h0100;
        colsout[84+13-:14] = 14'h0008;
        colsout[98+13-:14] = 14'h0000;
        colsout[112+13-:14] = 14'h10a0;
        colsout[126+13-:14] = 14'h0010;
        colsout[140+13-:14] = 14'h0000;
        colsout[154+13-:14] = 14'h0002;
        colsout[168+13-:14] = 14'h0000;
        colsout[182+13-:14] = 14'h0000;
        colsout[196+13-:14] = 14'h0800;
        colsout[210+13-:14] = 14'h0000;
      end
      6'h35: begin
        colsout[0+13-:14] = 14'h0000;
        colsout[14+13-:14] = 14'h0000;
        colsout[28+13-:14] = 14'h0402;
        colsout[42+13-:14] = 14'h0080;
        colsout[56+13-:14] = 14'h0800;
        colsout[70+13-:14] = 14'h0200;
        colsout[84+13-:14] = 14'h0010;
        colsout[98+13-:14] = 14'h0000;
        colsout[112+13-:14] = 14'h2140;
        colsout[126+13-:14] = 14'h0021;
        colsout[140+13-:14] = 14'h0000;
        colsout[154+13-:14] = 14'h0004;
        colsout[168+13-:14] = 14'h0000;
        colsout[182+13-:14] = 14'h0000;
        colsout[196+13-:14] = 14'h1000;
        colsout[210+13-:14] = 14'h0000;
      end
      6'h36: begin
        colsout[0+13-:14] = 14'h0000;
        colsout[14+13-:14] = 14'h0000;
        colsout[28+13-:14] = 14'h0804;
        colsout[42+13-:14] = 14'h0100;
        colsout[56+13-:14] = 14'h1000;
        colsout[70+13-:14] = 14'h0400;
        colsout[84+13-:14] = 14'h0020;
        colsout[98+13-:14] = 14'h0000;
        colsout[112+13-:14] = 14'h0280;
        colsout[126+13-:14] = 14'h0042;
        colsout[140+13-:14] = 14'h0000;
        colsout[154+13-:14] = 14'h0009;
        colsout[168+13-:14] = 14'h0000;
        colsout[182+13-:14] = 14'h0000;
        colsout[196+13-:14] = 14'h2000;
        colsout[210+13-:14] = 14'h0000;
      end
      6'h37: begin
        colsout[0+13-:14] = 14'h0000;
        colsout[14+13-:14] = 14'h0000;
        colsout[28+13-:14] = 14'h1008;
        colsout[42+13-:14] = 14'h0200;
        colsout[56+13-:14] = 14'h2000;
        colsout[70+13-:14] = 14'h0800;
        colsout[84+13-:14] = 14'h0040;
        colsout[98+13-:14] = 14'h0000;
        colsout[112+13-:14] = 14'h0500;
        colsout[126+13-:14] = 14'h0084;
        colsout[140+13-:14] = 14'h0001;
        colsout[154+13-:14] = 14'h0012;
        colsout[168+13-:14] = 14'h0000;
        colsout[182+13-:14] = 14'h0000;
        colsout[196+13-:14] = 14'h0000;
        colsout[210+13-:14] = 14'h0000;
      end
      6'h38: begin
        colsout[0+13-:14] = 14'h0000;
        colsout[14+13-:14] = 14'h0000;
        colsout[28+13-:14] = 14'h2010;
        colsout[42+13-:14] = 14'h0400;
        colsout[56+13-:14] = 14'h0000;
        colsout[70+13-:14] = 14'h1000;
        colsout[84+13-:14] = 14'h0080;
        colsout[98+13-:14] = 14'h0000;
        colsout[112+13-:14] = 14'h0a00;
        colsout[126+13-:14] = 14'h0108;
        colsout[140+13-:14] = 14'h0002;
        colsout[154+13-:14] = 14'h0024;
        colsout[168+13-:14] = 14'h0000;
        colsout[182+13-:14] = 14'h0000;
        colsout[196+13-:14] = 14'h0000;
        colsout[210+13-:14] = 14'h0001;
      end
      6'h39: begin
        colsout[0+13-:14] = 14'h0000;
        colsout[14+13-:14] = 14'h0000;
        colsout[28+13-:14] = 14'h0020;
        colsout[42+13-:14] = 14'h0801;
        colsout[56+13-:14] = 14'h0000;
        colsout[70+13-:14] = 14'h2000;
        colsout[84+13-:14] = 14'h0100;
        colsout[98+13-:14] = 14'h0000;
        colsout[112+13-:14] = 14'h1400;
        colsout[126+13-:14] = 14'h0210;
        colsout[140+13-:14] = 14'h0004;
        colsout[154+13-:14] = 14'h0048;
        colsout[168+13-:14] = 14'h0000;
        colsout[182+13-:14] = 14'h0000;
        colsout[196+13-:14] = 14'h0000;
        colsout[210+13-:14] = 14'h0002;
      end
      6'h3a: begin
        colsout[0+13-:14] = 14'h0000;
        colsout[14+13-:14] = 14'h0000;
        colsout[28+13-:14] = 14'h0040;
        colsout[42+13-:14] = 14'h1002;
        colsout[56+13-:14] = 14'h0000;
        colsout[70+13-:14] = 14'h0000;
        colsout[84+13-:14] = 14'h0200;
        colsout[98+13-:14] = 14'h0000;
        colsout[112+13-:14] = 14'h2800;
        colsout[126+13-:14] = 14'h0420;
        colsout[140+13-:14] = 14'h0008;
        colsout[154+13-:14] = 14'h0090;
        colsout[168+13-:14] = 14'h0000;
        colsout[182+13-:14] = 14'h0000;
        colsout[196+13-:14] = 14'h0000;
        colsout[210+13-:14] = 14'h0004;
      end
      6'h3b: begin
        colsout[0+13-:14] = 14'h0000;
        colsout[14+13-:14] = 14'h0000;
        colsout[28+13-:14] = 14'h0080;
        colsout[42+13-:14] = 14'h2004;
        colsout[56+13-:14] = 14'h0000;
        colsout[70+13-:14] = 14'h0000;
        colsout[84+13-:14] = 14'h0400;
        colsout[98+13-:14] = 14'h0000;
        colsout[112+13-:14] = 14'h1000;
        colsout[126+13-:14] = 14'h0841;
        colsout[140+13-:14] = 14'h0010;
        colsout[154+13-:14] = 14'h0120;
        colsout[168+13-:14] = 14'h0000;
        colsout[182+13-:14] = 14'h0000;
        colsout[196+13-:14] = 14'h0000;
        colsout[210+13-:14] = 14'h0008;
      end
      default: begin
        colsout[0+13-:14] = 14'h0000;
        colsout[14+13-:14] = 14'h0000;
        colsout[28+13-:14] = 14'h0000;
        colsout[42+13-:14] = 14'h0000;
        colsout[56+13-:14] = 14'h0000;
        colsout[70+13-:14] = 14'h0000;
        colsout[84+13-:14] = 14'h0000;
        colsout[98+13-:14] = 14'h0000;
        colsout[112+13-:14] = 14'h0000;
        colsout[126+13-:14] = 14'h0000;
        colsout[140+13-:14] = 14'h0000;
        colsout[154+13-:14] = 14'h0000;
        colsout[168+13-:14] = 14'h0000;
        colsout[182+13-:14] = 14'h0000;
        colsout[196+13-:14] = 14'h0000;
        colsout[210+13-:14] = 14'h0000;
      end
    endcase
  end
endmodule